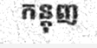
កន្តុញ